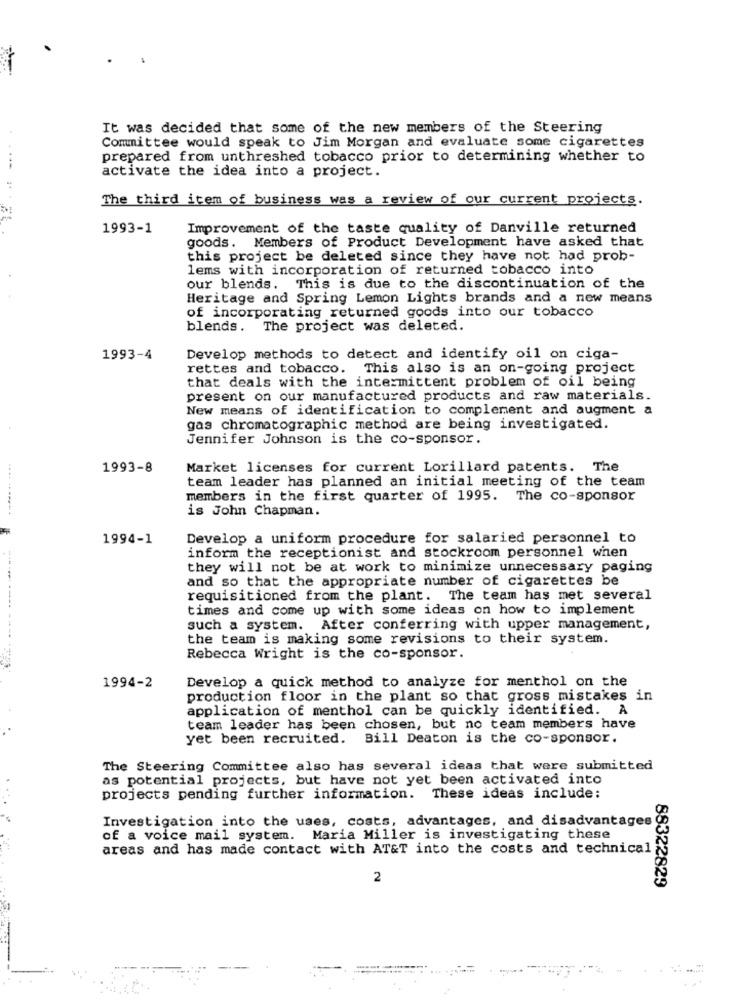
It was decided that some of the new members of the Steering
Committee would speak to Jim Morgan and evaluate some cigarettes
prepared from unthreshed tobacco prior to determining whether to
activate the idea into a project.
The third item of business was a review of our current projects.
1993-1
Improvement of the taste quality of Danville returned
goods. Members of Product Development have asked that
this project be deleted since they have not had prob-
lems with incorporation of returned tobacco into
our blends. This is due to the discontinuation of the
Heritage and Spring Lemon Lights brands and a new means
of incorporating returned goods into our tobacco
blends. The project was deleted.
1993-4
Develop methods to detect and identify oil on ciga-
rettes and tobacco.
This also is an on-going project
that deals with the intermittent problem of oil being
present on our manufactured products and raw materials.
New means of identification to complement and augment a
gas chromatographic method are being investigated.
Jennifer Johnson is the co-sponsor.
1993-8
Market licenses for current Lorillard patents. The
team leader has planned an initial meeting of the team
members in the first quarter of 1995. The co-sponsor
is John Chapman.
1994-1
Develop a uniform procedure for salaried personnel to
inform the receptionist and stockroom personnel when
they will not be at work to minimize unnecessary paging
and so that the appropriate number of cigarettes be
requisitioned from the plant. The team has met several
times and come up with some ideas on how to implement
such a system. After conferring with upper management,
the team is making some revisions to their system.
Rebecca Wright is the co-sponsor.
---------- -------
Develop a quick method to analyze for menthol on the
1994-2
production floor in the plant so that gross mistakes in
application of menthol can be quickly identified.
team leader has been chosen, but no team members have
yet been recruited. Bill Deaton is the co-sponsor.
The Steering Committee also has several ideas that were submitted
as potential projects, but have not yet been activated into
projects pending further information. These ideas include:
Investigation into the uses, costs, advantages, and disadvantages
of a voice mail system. Maria Miller is investigating these
areas and has made contact with AT&T into the costs and technical
2
88322829